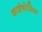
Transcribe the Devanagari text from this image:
काईफोसिस